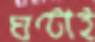
ঘণ্টাই